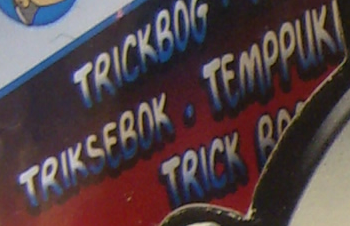
TRIKSEBOK . TEMPPUKI